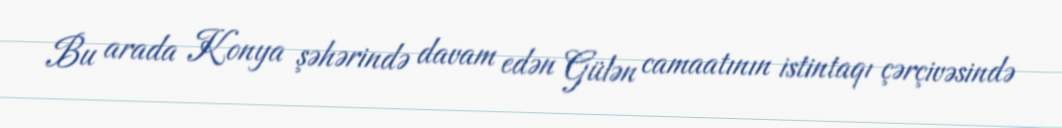
Bu arada Konya şəhərində davam edən Gülən camaatının istintaqı çərçivəsində